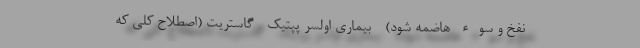
نفخ و سوء هاضمه شود) - بیماری اولسر پپتیک - گاستریت (اصطلاح کلی که